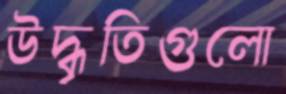
উদ্ধৃতিগুলো